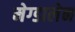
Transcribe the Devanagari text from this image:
मेग्डालेन